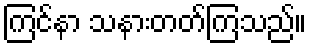
ကြင်နာ သနားတတ်ကြသည်။